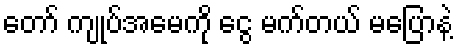
တော် ကျုပ်အမေကို ငွေ မက်တယ် မပြောနဲ့